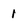
Character: I